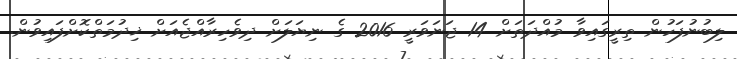
ލިބުނުފަހުން ތިރީގައިވާ މުއްދަތަށް 14 ޖަނަވަރީ 2016 ގެ ނިޔަލަށް ދިވެހިރާއްޖެއަށް ޚިދުމަތްކޮށްފައިވުން.